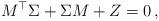
LaTeX: \begin{align*}M^{\top}\Sigma+\Sigma M+Z=0\,,\end{align*}